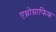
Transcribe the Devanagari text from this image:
एथ्नोग्राफिक